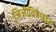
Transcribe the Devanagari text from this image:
जिजीविषेच्छंत